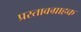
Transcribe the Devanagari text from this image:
प्रस्तावग्राहक